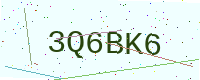
Text: 3Q6BK6